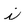
Character: i